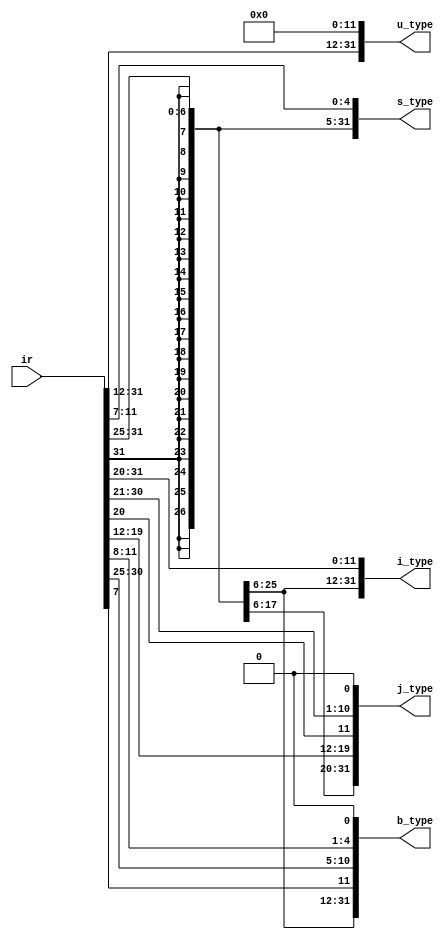
`timescale 1ns / 1ps
//////////////////////////////////////////////////////////////////////////////////
// Company: Cal Poly
// 
// Design Name: immediate Generator
// Module Name: Immed_Gen
// Project Name: Experiment 4
// Target Devices: Basys 3 Board
// Tool Versions: 
// Description: Creating the immediate generator
// 
// Dependencies: 
// 
// Revision:
// Revision 0.01 - File Created
// Additional Comments:
// 
//////////////////////////////////////////////////////////////////////////////////


module Immed_Gen(
    // immediate Generator inputs
    input wire [31:0] ir,
    
    //imed gen outputs
    output wire [31:0] u_type,
    output wire [31:0] s_type,
    output wire [31:0] i_type,
    output wire [31:0] j_type,
    output wire [31:0] b_type
    );
    // what determines the type of output the generator generates?
    
    // i_type instructions
    assign i_type = {{21{ir[31]}}, ir[30:20]};

    // s_type instructions
    assign s_type = {{21{ir[31]}}, ir[30:25], ir[11:7]};

    // b_type instructions
    assign b_type = {{20{ir[31]}},  ir[7], ir[30:25], ir[11:8], 1'b0};

    // u_type instructions
    assign u_type = {ir[31:12], 12'b0};

    // j_type instructions
    assign j_type = {{12{ir[31]}}, ir[19:12], ir[20], ir[30:21], 1'b0};

    
endmodule